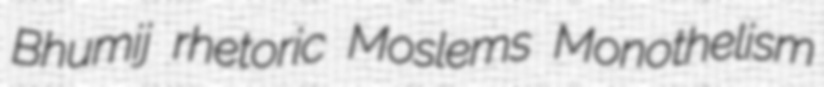
Bhumij rhetoric Moslems Monothelism